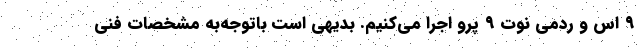
۹ اس و ردمی نوت ۹ پرو اجرا می‌کنیم. بدیهی است باتوجه‌به مشخصات فنی